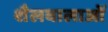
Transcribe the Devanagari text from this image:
शैलवालाओं